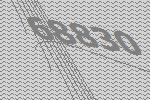
68830